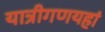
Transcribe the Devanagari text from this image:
यात्रीगणयहां